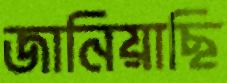
জানিয়াছি